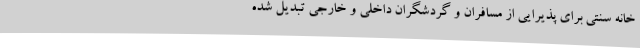
خانه سنتی برای پذیرایی از مسافران و گردشگران داخلی و خارجی تبدیل شده